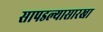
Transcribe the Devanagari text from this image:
सापडल्यासारखा